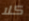
كلا